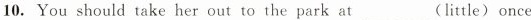
10. You should take her out to the park at___(little)once